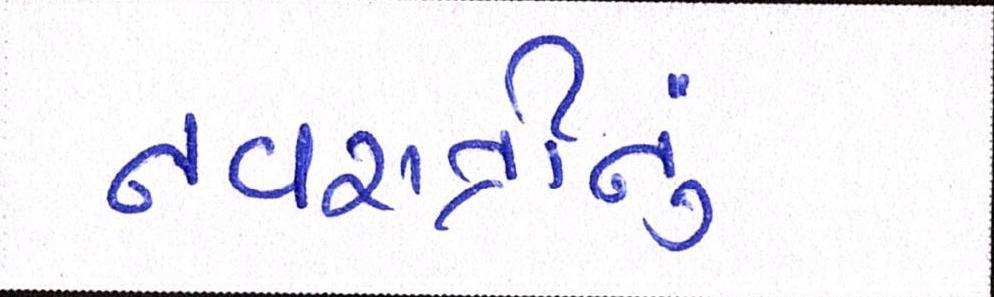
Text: નવરાત્રીનું